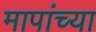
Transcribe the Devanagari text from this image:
मापांच्या